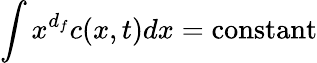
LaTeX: \int x^{d_{f}}c(x,t)dx={\mathrm{constant}}